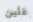
غلين